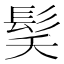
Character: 𮪽